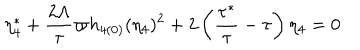
LaTeX: \eta _ { 4 } ^ { \ast } + \frac { 2 \Lambda } { \tau } \varpi h _ { 4 ( 0 ) } ( \eta _ { 4 } ) ^ { 2 } + 2 \left( \frac { \tau ^ { \ast } } { \tau } - \tau \right) \eta _ { 4 } = 0